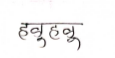
मजकूर: हळूहळू